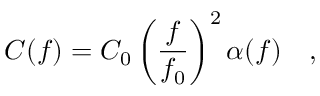
C ( f ) = C _ { 0 } \left( { \frac { f } { f _ { 0 } } } \right) ^ { 2 } \alpha ( f ) ~ ~ \ ,